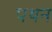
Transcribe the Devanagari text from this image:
पथन